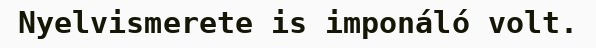
Nyelvismerete is imponáló volt.